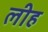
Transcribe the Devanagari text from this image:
लीह